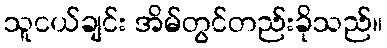
သူငယ်ချင်း အိမ်တွင်တည်းခိုသည်။